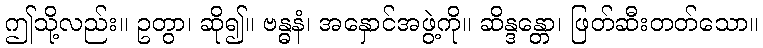
ဤသို့လည်း။ ဥတွာ၊ ဆို၍။ ဗန္ဓနံ၊ အနှောင်အဖွဲ့ကို။ ဆိန္ဒန္တော၊ ဖြတ်ဆီးတတ်သော။